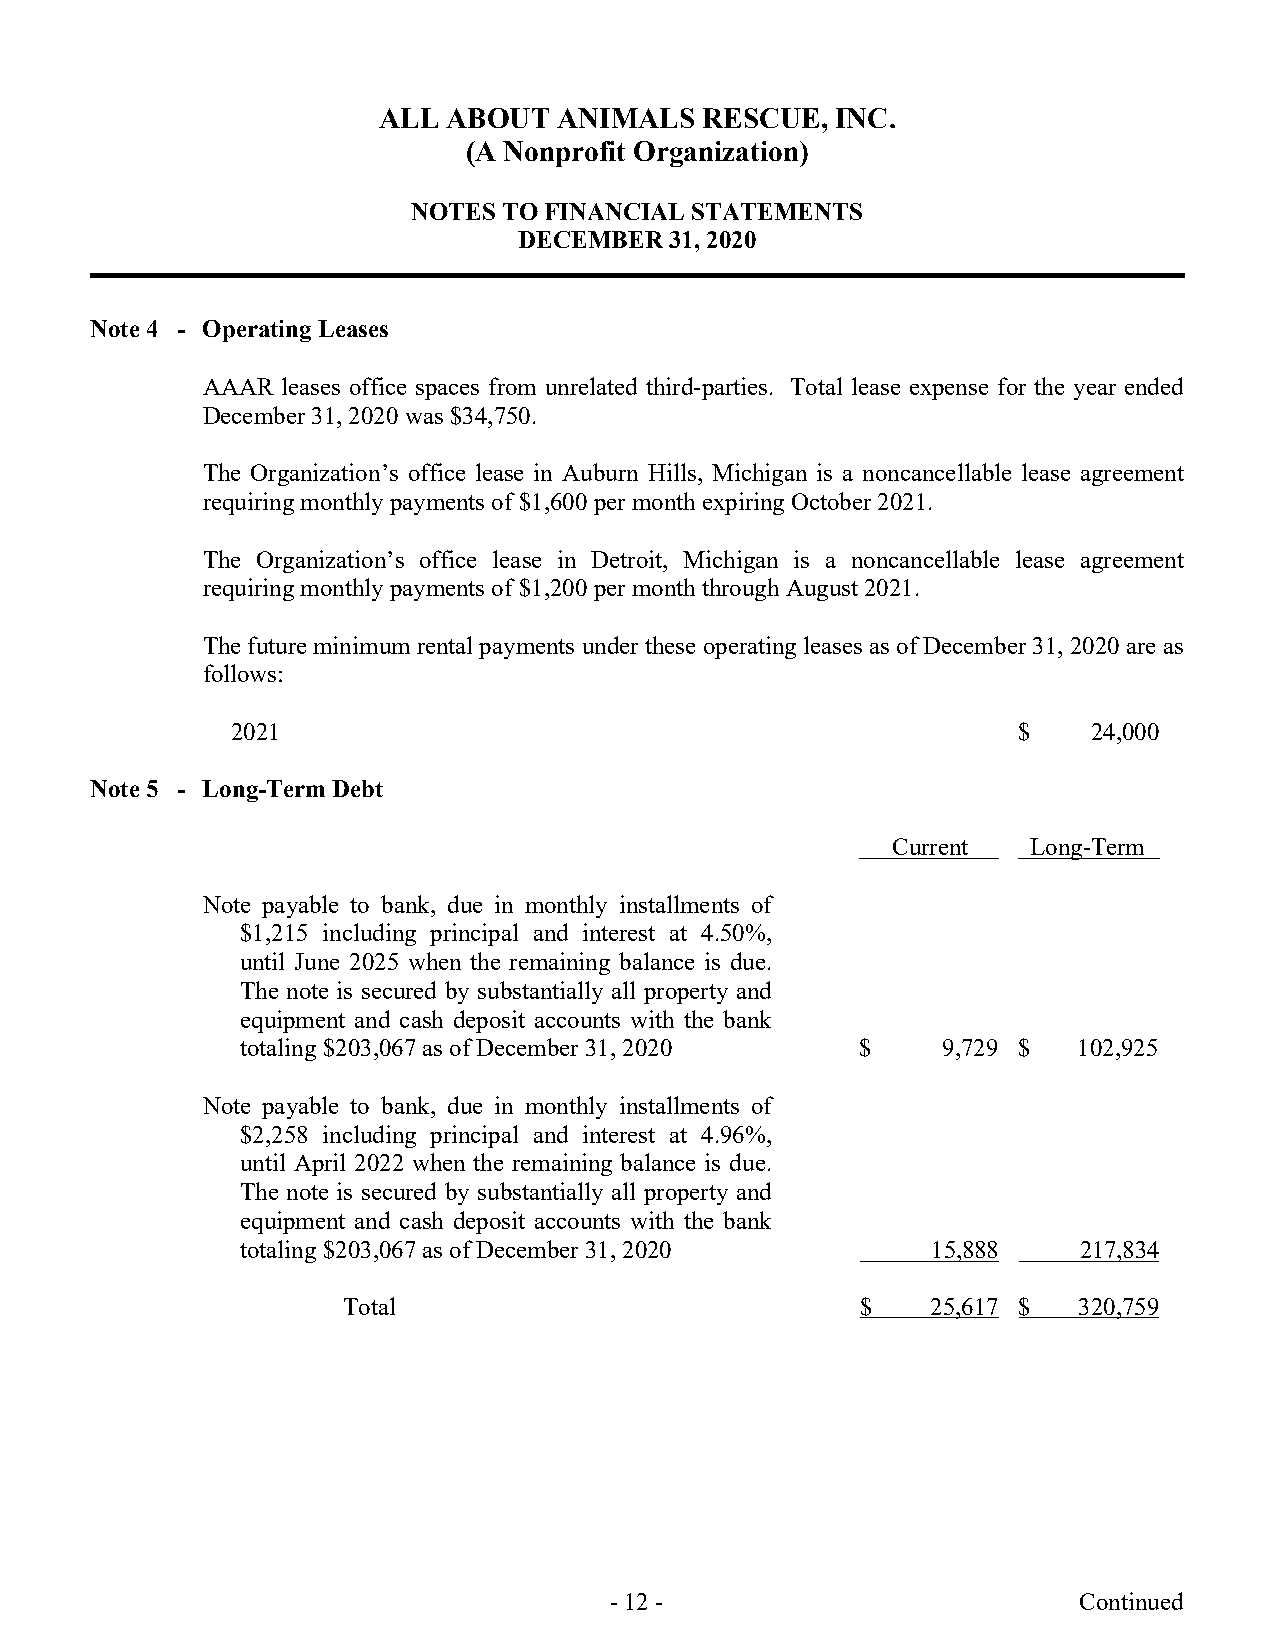
ALL  ABOUT  ANIMALS  RESCUE,  INC.
 (A Nonprofit Organization)
 NOTES TO FINANCIAL STATEMENTS
 DECEMBER  31, 2020
 Note 4 - Operating Leases
 AAAR  leases office spaces from unrelated third-parties. Total lease expense for the year ended
 December 31, 2020 was $34,750.
 The Organization’s office lease in Auburn Hills, Michigan is a noncancellable lease agreement
 requiring monthly payments of $1,600 per month expiring October 2021.
 The Organization’s office lease in Detroit, Michigan is a noncancellable lease agreement
 requiring monthly payments of $1,200 per month through August 2021.
 The future minimum rental payments under these operating leases as of December 31, 2020 are as
 follows:
 2021                                                $    24,000
 Note 5 - Long-Term Debt
 Current  Long-Term
 Note payable to bank, due in monthly installments of
 $1,215 including principal and interest at 4.50%,
 until June 2025 when the remaining balance is due.
 The note is secured by substantially all property and
 equipment and cash deposit accounts with the bank
 totaling $203,067 as of December 31, 2020 $   9,729 $  102,925
 Note payable to bank, due in monthly installments of
 $2,258 including principal and interest at 4.96%,
 until April 2022 when the remaining balance is due.
 The note is secured by substantially all property and
 equipment and cash deposit accounts with the bank
 totaling $203,067 as of December 31, 2020     15,888   217,834
 Total                             $    25,617 $ 320,759
 - 12 -                         Continued